Report on the nature of kala-azar
Disease focus: Kala-Azar
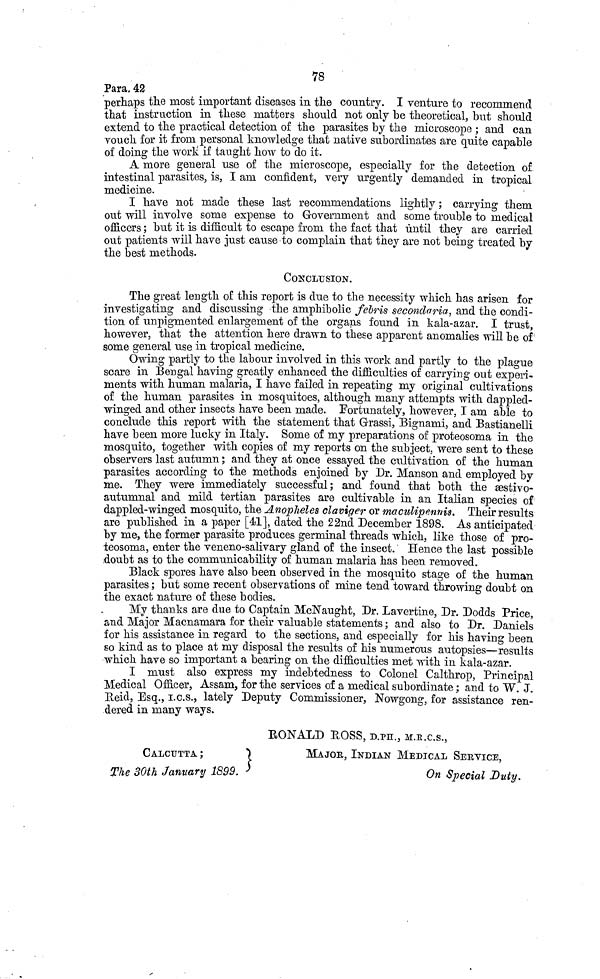
78
Para. 42
perhaps the most important diseases in the country. I venture to recommend
that instruction in these matters should not only be theoretical, but should
extend to the practical detection of the parasites by the microscope; and can
vouch for it from personal knowledge that native subordinates are quite capable
of doing the work if taught how to do it.
A more general use of the microscope, especially for the detection of
intestinal parasites, is, I am confident, very urgently demanded in tropical
medicine.
I have not made these last recommendations lightly; carrying them
out will involve some expense to Government and some trouble to medical
officers; but it is difficult to escape from the fact that until they are carried
out patients will have just cause to complain that they are not being treated by
the best methods.
CONCLUSION.
The great length of this report is due to the necessity which has arisen for
investigating and discussing the amphibolic febris secondaria, and the condi-
tion of unpigmented enlargement of the organs found in kala-azar. I trust,
however, that the attention here drawn to these apparent anomalies will be of
some general use in tropical medicine.
Owing partly to the labour involved in this work and partly to the plague
scare in Bengal having greatly enhanced the difficulties of carrying out experi-
ments with human malaria, I have failed in repeating my original cultivations
of the human parasites in mosquitoes, although many attempts with dappled
winged and other insects have been made. Fortunately, however, I am able to
conclude this report with the statement that Grassi, Bignami, and Bastianelli
have been more lucky in Italy. Some of my preparations of proteosoma in the
mosquito, together with copies of my reports on the subject, were sent to these
observers last autumn; and they at once essayed the cultivation of the human
parasites according to the methods enjoined by Dr. Manson and employed by
me. They were immediately successful; and found that both theæstivo-
auturnnal and mild tertian parasites are cultivable in an Italian species of
dappled-winged mosquito, the Anopheles claviger or maculipennis. Their results
are published in a paper [41], dated the 22nd December 1898. As anticipated
by me, the former parasite produces germinal threads which, like those of pro-
teosoma, enter the veneno-salivary gland of the insect. Hence the last possible
doubt as to the comrnunicability of human malaria has been removed.
Black spores have also been observed in the mosquito stage of the human
parasites; but some recent observations of mine tend toward throwing doubt on
the exact nature of these bodies.
My thanks are due to Captain McNaught, Dr. Lavertine, Dr. Dodds Price,
and Major Macnamara for their valuable statements; and also to Dr. Daniels
for his assistance in regard to the sections, and especially for his having been
so kind as to place at my disposal the results of his numerous autopsies—results
which have so important a bearing on the difficulties met with in kala-azar.
I must also express my indebtedness to Colonel Calthrop, Principal
Medical Officer, Assam, for the services of a medical subordinate ; and to W. J.
Reid, Esq., I.C.S., lately Deputy Commissioner, Nowgong, for assistance ren-
dered in many ways.
EONALD ROSS, D.PH., M.R.C.S.,
CALCUTTA ;
MAJOR, INDIAN MEDICAL SERVICE,
The 30th January 1899.
On
Special Duty.